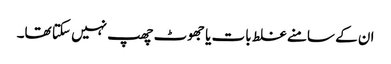
ان کے سامنے غلط بات یا جھوٹ چھپ نہیں سکتا تھا۔